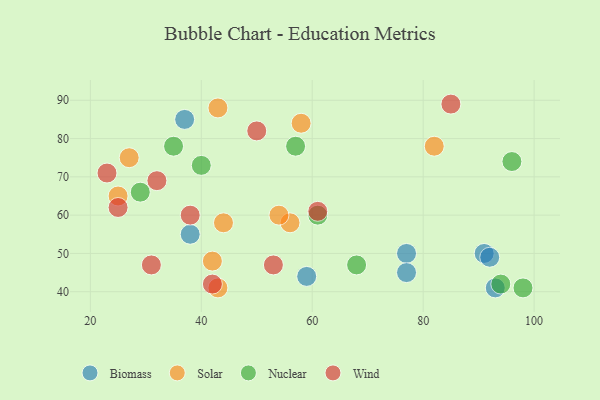
{"axis": {"x": "GDP", "y": "Life Expectancy"}, "legend": ["Biomass", "Nuclear", "Solar", "Wind"], "data": [{"x": "38", "y": 55, "type": "Biomass"}, {"x": "59", "y": 44, "type": "Biomass"}, {"x": "37", "y": 85, "type": "Biomass"}, {"x": "77", "y": 50, "type": "Biomass"}, {"x": "77", "y": 45, "type": "Biomass"}, {"x": "93", "y": 41, "type": "Biomass"}, {"x": "91", "y": 50, "type": "Biomass"}, {"x": "92", "y": 49, "type": "Biomass"}, {"x": "56", "y": 58, "type": "Solar"}, {"x": "43", "y": 88, "type": "Solar"}, {"x": "82", "y": 78, "type": "Solar"}, {"x": "54", "y": 60, "type": "Solar"}, {"x": "27", "y": 75, "type": "Solar"}, {"x": "42", "y": 48, "type": "Solar"}, {"x": "58", "y": 84, "type": "Solar"}, {"x": "44", "y": 58, "type": "Solar"}, {"x": "43", "y": 41, "type": "Solar"}, {"x": "25", "y": 65, "type": "Solar"}, {"x": "61", "y": 60, "type": "Nuclear"}, {"x": "29", "y": 66, "type": "Nuclear"}, {"x": "57", "y": 78, "type": "Nuclear"}, {"x": "35", "y": 78, "type": "Nuclear"}, {"x": "68", "y": 47, "type": "Nuclear"}, {"x": "40", "y": 73, "type": "Nuclear"}, {"x": "96", "y": 74, "type": "Nuclear"}, {"x": "98", "y": 41, "type": "Nuclear"}, {"x": "94", "y": 42, "type": "Nuclear"}, {"x": "32", "y": 69, "type": "Wind"}, {"x": "31", "y": 47, "type": "Wind"}, {"x": "23", "y": 71, "type": "Wind"}, {"x": "85", "y": 89, "type": "Wind"}, {"x": "61", "y": 61, "type": "Wind"}, {"x": "38", "y": 60, "type": "Wind"}, {"x": "50", "y": 82, "type": "Wind"}, {"x": "25", "y": 62, "type": "Wind"}, {"x": "42", "y": 42, "type": "Wind"}, {"x": "53", "y": 47, "type": "Wind"}]}